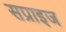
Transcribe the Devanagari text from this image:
सप्राइज